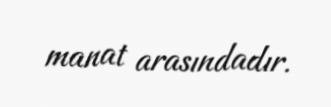
manat arasındadır.